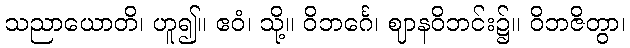
သညာယောတိ၊ ဟူ၍။ ဧဝံ၊ သို့။ ဝိဘင်္ဂေ၊ ဈာနဝိဘင်း၌။ ဝိဘဇိတွာ၊